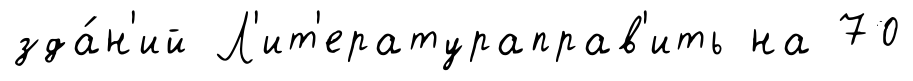
зда́н'ий Л'ит'ератураправ'ить на 70